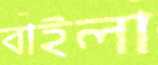
বাইলা